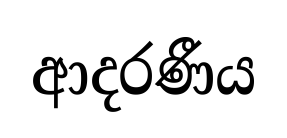
ආදරණීය